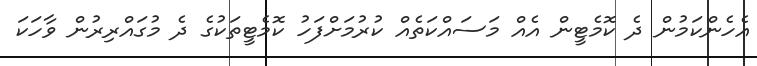
އެހެންކަމުން ދެ ކޮމެޓީން އެއް މަސައްކަތެއް ކުރުމަށްފަހު ކޮމެޓީތަކުގެ ދެ މުގައްރިރުން ވާހަކަ